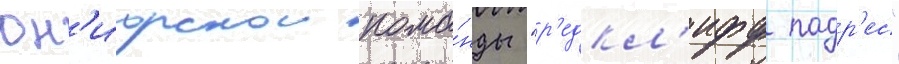
юн'иорскои кома́нды "р'едкл'ифф падр'ес"